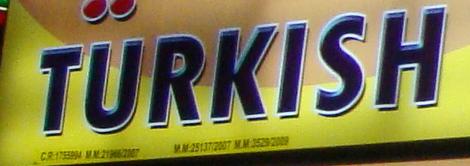
turkish